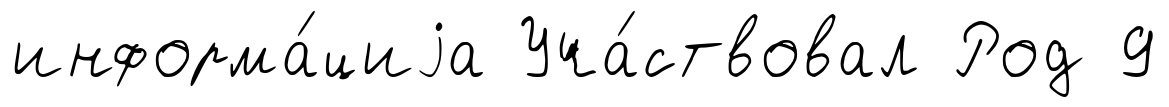
информа́циjа Уча́ствовал Род 9